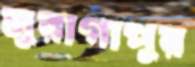
মুরাগাপুর